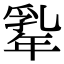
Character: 𢆡